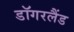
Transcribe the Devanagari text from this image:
डॉगरलैंड